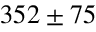
3 5 2 \pm 7 5